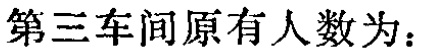
第三车间原有人数为：